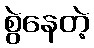
စွဲနေတဲ့